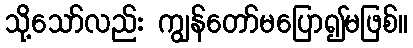
သို့သော်လည်း ကျွန်တော်မပြော၍မဖြစ်။